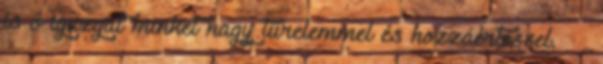
is ő igazgat minket nagy türelemmel és hozzáértéssel. ··